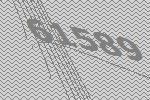
61589